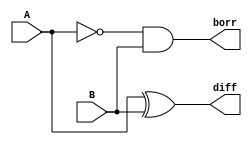
//structural modelling for Half Subtractor

module exp_str(diff, borr, A, B);
input A, B; output diff, borr;
xor g1(diff, A, B);
wire y1; not g2(y1, A);
and g3(borr, y1, B);
endmodule